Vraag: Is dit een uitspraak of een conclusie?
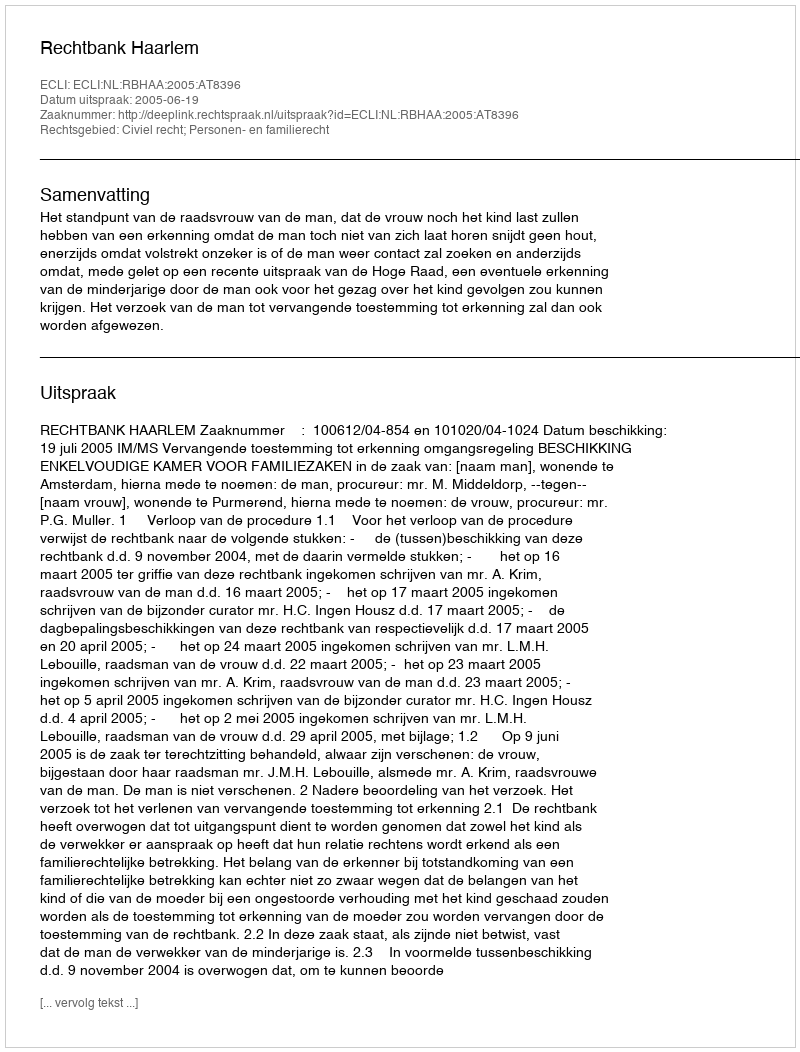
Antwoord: Uitspraak